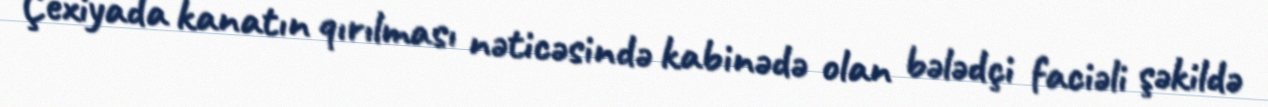
Çexiyada kanatın qırılması nəticəsində kabinədə olan bələdçi faciəli şəkildə